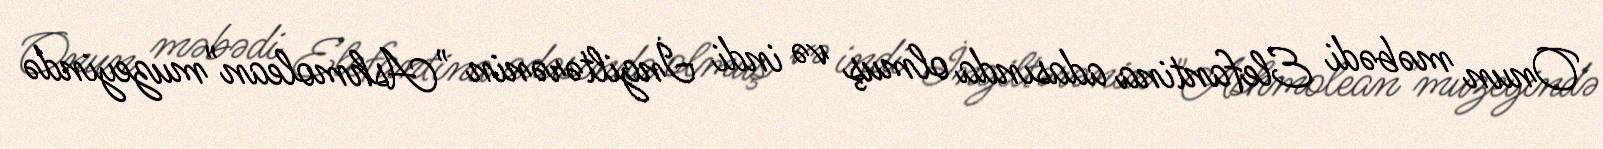
Onun məbədi Elefantina adasında olmuş və indi İngiltərənin "Ashmolean"muzeyində